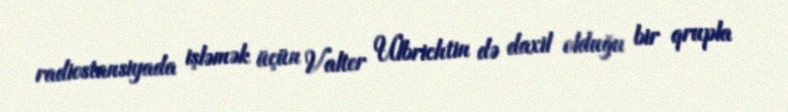
radiostansiyada işləmək üçün Valter Ulbrichtin də daxil olduğu bir qrupla